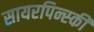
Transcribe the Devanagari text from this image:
सायरपिन्स्की